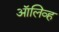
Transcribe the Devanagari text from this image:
अाॅलिव्ह